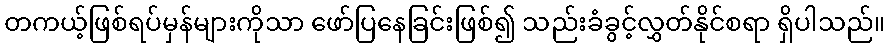
တကယ့်ဖြစ်ရပ်မှန်များကိုသာ ဖော်ပြနေခြင်းဖြစ်၍ သည်းခံခွင့်လွှတ်နိုင်စရာ ရှိပါသည်။